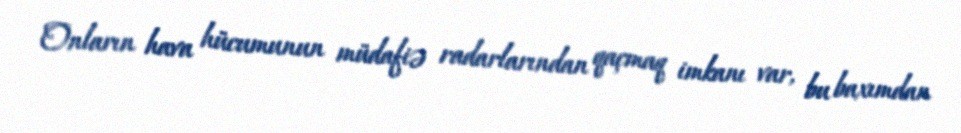
Onların hava hücumunun müdafiə radarlarından qaçmaq imkanı var, bu baxımdan